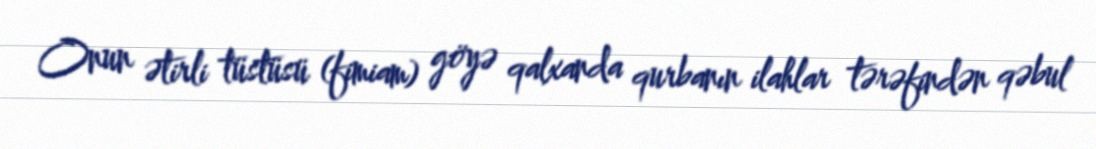
Onun ətirli tüstüsü (fimiam) göyə qalxanda qurbanın ilahlar tərəfindən qəbul